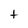
Character: t